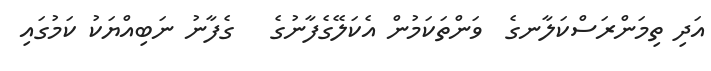
އަދި ތިމަންރަސްކަލާނގެ  ވަންތަކަމުން އެކަލޭގެފާނުގެ   ގެފާނު ނަބިއްޔަކު ކަމުގައި